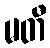
မတီ